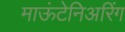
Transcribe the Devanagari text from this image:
माऊंटेनिअरिंग